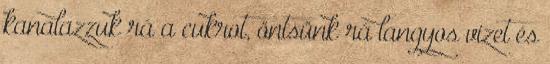
kanalazzuk rá a cukrot, öntsünk rá langyos vizet és